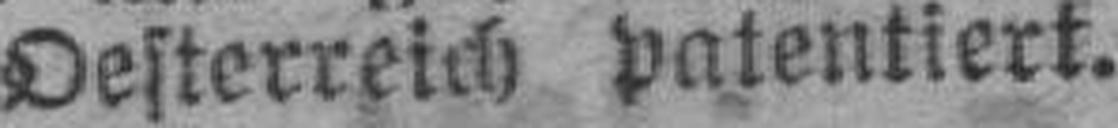
Oesterreich patentiert.